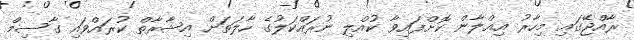
ރާއްޖޭގައި މިހާރު އިޢްލާން ކޮށްފައިވާ ކުއްލި ނުރައްކަލުގެ ހާލަތަށް އިޝާރާތް ކުރައްވައި ގާސިމް